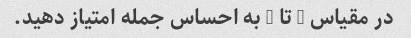
در مقیاس 1 تا 5 به احساس جمله امتیاز دهید.